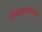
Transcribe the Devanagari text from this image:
लेखनव्यवसाय